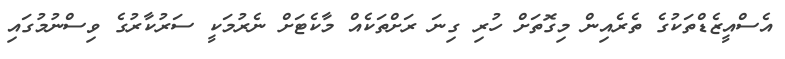
އެސްއީޒެޑްތަކުގެ ތެރެއިން މިގޮތަށް ހުރި ގިނަ ރަށްތަކެއް މާކެޓަށް ނެރުމަކީ ސަރުކާރުގެ ވިސްނުމުގައި